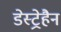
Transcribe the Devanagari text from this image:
डेस्ट्रेहैन